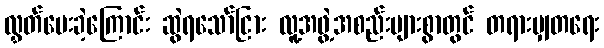
လွှတ်ပေးခဲ့ကြောင်း ဆွဲရသော်ငြား လူ့အဖွဲ့အစည်းများစွာတွင် တရားမျှတရေး